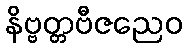
နိဗ္ဗတ္တဗီဇညေဝ